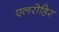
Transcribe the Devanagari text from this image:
एलरोहिर